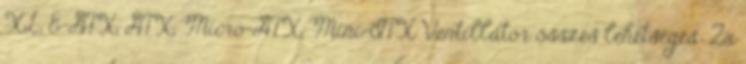
XL, E-ATX, ATX, Micro-ATX, Mini-ITX Ventillátor összes lehetséges: 2x